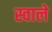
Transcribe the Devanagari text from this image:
स्वाले